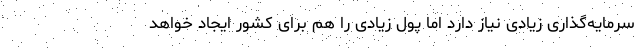
سرمایه‌گذاری زیادی نیاز دارد اما پول زیادی را هم برای کشور ایجاد خواهد